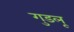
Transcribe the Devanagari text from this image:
गुडलू